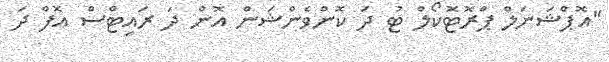
"އޮޕްޝަނަލް ޕްރޮޓޮކޯލް ޓު ދަ ކޮންވެންޝަން އޮން ދަ ރައިޓްސް އޮފް ދަ